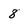
Character: 8